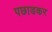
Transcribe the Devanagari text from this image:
पछाडकर